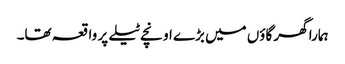
ہمارا گھر گاؤں میں بڑے اونچے ٹیلے پر واقعہ تھا۔